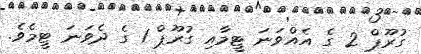
ގުރޫޕް 2 ގެ އެއްވަނަ ޓީމާއި ގުރޫޕް 1 ގެ ދެވަނަ ޓީމެވެ.